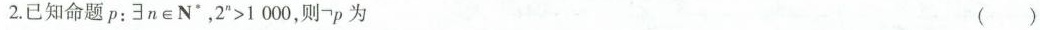
2.已知命题p：\exists n \in N^{\ast}，2^{n}>1000，则\neg p为 ()